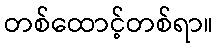
တစ်ထောင့်တစ်ရာ။